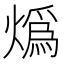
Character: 𤎶